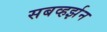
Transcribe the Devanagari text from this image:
सबव्हर्झन